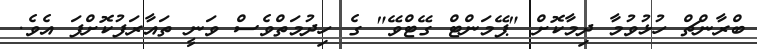
ބްރާންޗް ހުޅުވުމާ ދިމާކޮށް "ޕޭމަންޓް ގޭޓްވޭ" ގެ ހިދުމަތްވެސް ވަނީ ތައާރަފުކޮށްފަ އެވެ.